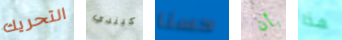
التحريك كيندي حسنا بأن هذا